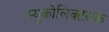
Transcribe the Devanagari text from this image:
म्यूकोलिक्टसके